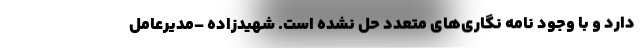
دارد و با وجود نامه نگاری‌های متعدد حل نشده است. شهیدزاده –مدیرعامل